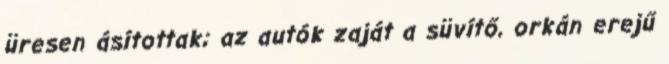
üresen ásítottak; az autók zaját a süvítő, orkán erejű